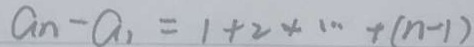
a _ { n } - a _ { 1 } = 1 + 2 + \cdots + ( n - 1 )